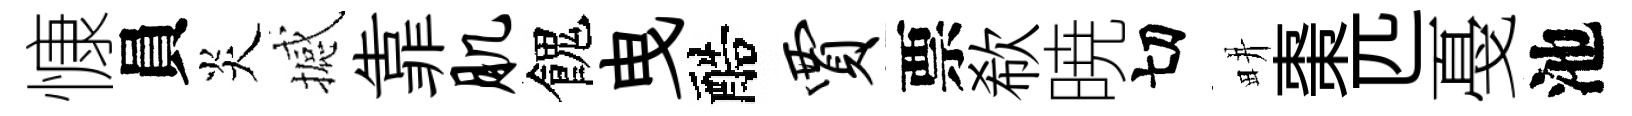
慷員炎撼靠肌餽曳醅贾票欷暁切畊棗匹戞池